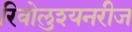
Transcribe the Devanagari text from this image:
रिवोलुश्यनरीज